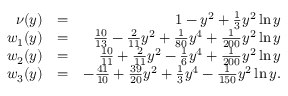
\begin{array} { r l r } { \nu ( y ) } & { = } & { 1 - y ^ { 2 } + \frac { 1 } { 3 } y ^ { 2 } \ln y } \\ { w _ { 1 } ( y ) } & { = } & { \frac { 1 0 } { 1 3 } - \frac { 2 } { 1 1 } y ^ { 2 } + \frac { 1 } { 8 0 } y ^ { 4 } + \frac { 1 } { 2 0 0 } y ^ { 2 } \ln y } \\ { w _ { 2 } ( y ) } & { = } & { \frac { 1 0 } { 1 1 } + \frac { 2 } { 1 1 } y ^ { 2 } - \frac { 1 } { 6 } y ^ { 4 } + \frac { 1 } { 2 0 0 } y ^ { 2 } \ln y } \\ { w _ { 3 } ( y ) } & { = } & { - \frac { 4 1 } { 1 0 } + \frac { 3 9 } { 2 0 } y ^ { 2 } + \frac { 1 } { 3 } y ^ { 4 } - \frac { 1 } { 1 5 0 } y ^ { 2 } \ln y . } \end{array}